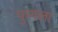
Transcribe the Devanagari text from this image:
फुगला